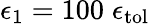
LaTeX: \epsilon_{1}=100\; \epsilon_{\mathrm{{tol}}}